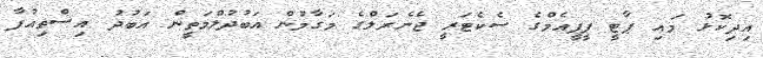
އިދިކޮޅު މައި ޕާޓީ ޕީޕީއެމްގެ ސެކެޓަރީ ޖެނެރަލްގެ މަގާމުން އަބުދުލްމަތީން އަބުދު އިސްތިއުފާ